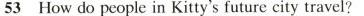
53 How do people in Kitty's future city travel?